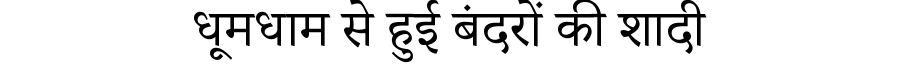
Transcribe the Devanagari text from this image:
धूमधाम से हुई बंदरों की शादी